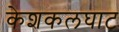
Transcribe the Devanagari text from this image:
केशकलघाट